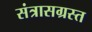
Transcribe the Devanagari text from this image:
संत्रासग्रस्त